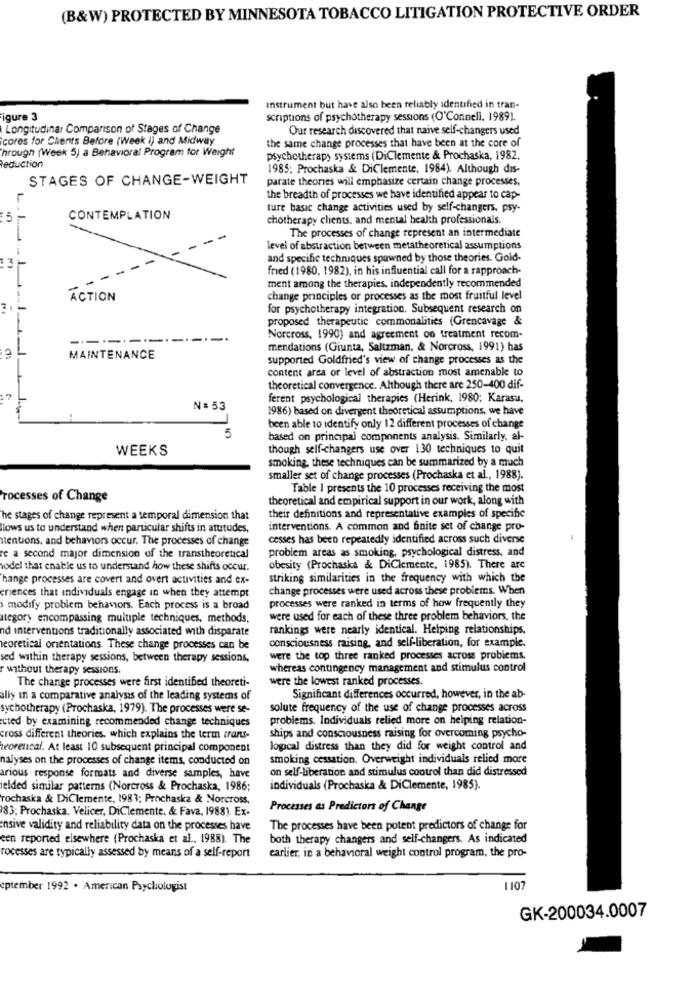
(B&W) PROTECTED BY MINNESOTA TOBACCO LITIGATION PROTECTIVE ORDER
Instrument but have also been reliably identified in tran-
igure 3
scriptions of psychotherapy sessions (O'Connell. 1989).
Longitudinar Comparison of Stages of Change
Our research discovered that naive self-changers used
cores for Clients Before (Week i) and Midway
the same change processes that have been at the core of
Through (Week 5) a Behavioral Program for Weight
psychotherapy systems (DiClemente & Prochaska, 1982.
Reduction
1985; Prochaska & DiClemente, 1984). Although dis-
STAGES OF CHANGE-WEIGHT
parate theories will emphasize certain change processes,
the breadth of processes we have identified appear to cap-
ture basic change activities used by self-changers, psy-
5
CONTEMPLATION
chotherapy clients, and mental health professionals.
The processes of change represent an intermediate
level of abstraction between metatheoretical assumptions
3
and specific techniques spawned by those theories. Gold-
fried (1980, 1982), in his influential call for a rapproach-
ment among the therapies, independently recommended
ACTION
change principles or processes as the most fruitful level
3
-
for psychotherapy integration. Subsequent research on
proposed therapeutic commonalities (Grencavage &
-.
Norcross, 1990) and agreement on treatment recom-
mendations (Giunta, Saltzman, & Norcross, 1991) has
MAINTENANCE
supported Goldfried's view of change processes as the
content area or level of abstraction most amenable to
theoretical convergence. Although there are 250-400 dif-
.7
ferent psychological therapies (Herink, 1980; Karasu,
N= 53
1986) based on divergent theoretical assumptions, we have
5
been able to identify only 12 different processes of change
based on principal components analysis. Similarly, al-
WEEKS
though self-changers use over 130 techniques to quit
smoking, these techniques can be summarized by a much
smaller set of change processes (Prochaska et al ., 1988).
Table I presents the 10 processes receiving the most
rocesses of Change
theoretical and empirical support in our work, along with
he stages of change represent a temporal dimension that
their definitions and representative examples of specific
lows us to understand when particular shifts in attitudes,
interventions. A common and finite set of change pro-
stentions, and behaviors occur. The processes of change
cesses has been repeatedly identified across such diverse
problem areas as smoking, psychological distress, and
re a second major dimension of the transtheoretical
sodel that enable us to understand how these shifts occur.
obesity (Prochaska & DiClemente, 1985). There are
hange processes are covert and overt activities and ex-
striking similarities in the frequency with which the
change processes were used across these problems. When
erences that individuals engage in when they attempt
modify problem behaviors. Each process is a broad
processes were ranked in terms of how frequently they
ategory encompassing multiple techniques, methods,
were used for each of these three problem behaviors, the
nd interventions traditionally associated with disparate
rankings were nearly identical. Helping relationships.
consciousness raising, and self-liberation, for example.
leoretical orientations. These change processes can be
sed within therapy sessions, between therapy sessions,
were the top three ranked processes across problems.
r without therapy sessions.
whereas contingency management and stimulus control
The change processes were first identified theoreti-
were the lowest ranked processes.
ally in a comparative analysis of the leading systems of
Significant differences occurred, however, in the ab-
sychotherapy (Prochaska, 1979). The processes were se-
solute frequency of the use of change processes across
cted by examining recommended change techniques
problems. Individuals relied more on helping relation-
cross different theories, which explains the term trans-
ships and consciousness raising for overcoming psycho-
heoretcal. At least 10 subsequent principal component
logical distress than they did for weight control and
nalyses on the processes of change items, conducted on
smoking cessation. Overweight individuals relied more
on self-liberation and stimulus control than did distressed
arious response formats and diverse samples, have
elded similar patterns (Norcross & Prochaska, 1986;
individuals (Prochaska & DiClemente, 1985).
rochaska & DiClemente, 1983; Prochaska & Norcross,
83; Prochaska, Velicer, DiClemente, & Fava, 1988). Ex.
Processes as Predictors of Change
ensive validity and reliability data on the processes have
The processes have been potent predictors of change for
een reported elsewhere (Prochaska et al ., 1988). The
both therapy changers and self-changers. As indicated
rocesses are typically assessed by means of a self-report
carlier, in a behavioral weight control program, the pro-
eptember 1992 . American Psychologist
1107
GK-200034.0007